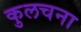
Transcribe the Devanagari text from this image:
कुलचना